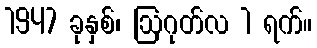
1947 ခုနှစ်၊ ဩဂုတ်လ 1 ရက်။